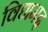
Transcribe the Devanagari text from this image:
विद्यामद